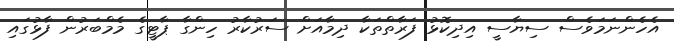
އެހެންނަމަވެސް ސިޔާސީ އިދިކޮޅު ފަރާތްތަކާ ދިމާއަށް ސަރުކާރު ހިންގާ ޕާޓީގެ މެމްބަރުން ފާޅުގައި